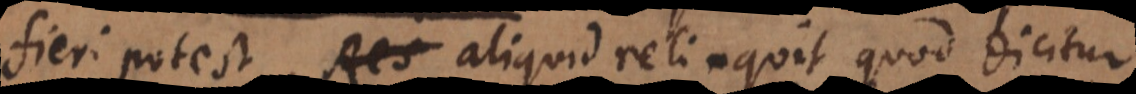
fieri potest, Res aliquid relinquit quod dicitur